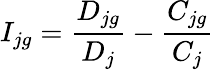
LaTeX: I_{jg}=\frac{D_{jg}}{D_{j}}-\frac{C_{jg}}{C_{j}}